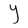
Character: Y